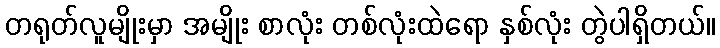
တရုတ်လူမျိုးမှာ အမျိုး စာလုံး တစ်လုံးထဲရော နှစ်လုံး တွဲပါရှိတယ်။